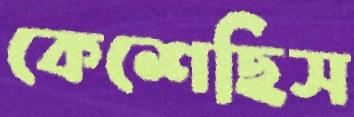
কেশেছিস